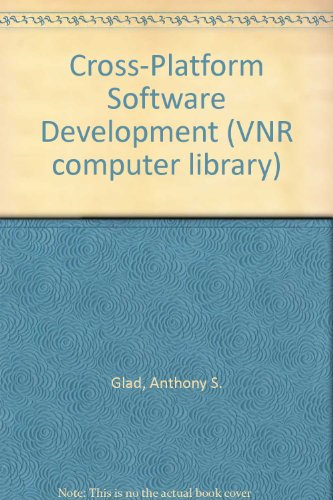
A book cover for Cross-Platform Software Development (VNR computer library); Anthony S. Glad; Computers & Technology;